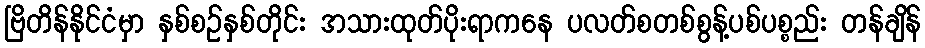
ဗြိတိန်နိုင်ငံမှာ နှစ်စဉ်နှစ်တိုင်း အသားထုတ်ပိုးရာကနေ ပလတ်စတစ်စွန့်ပစ်ပစ္စည်း တန်ချိန်